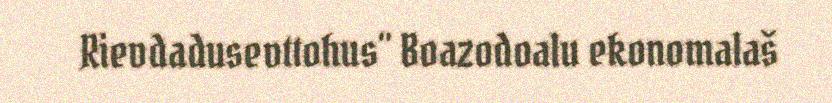
Rievdadusevttohus" Boazodoalu ekonomalaš